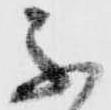
不